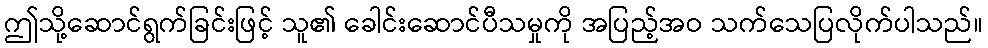
ဤသို့ဆောင်ရွက်ခြင်းဖြင့် သူ၏ ခေါင်းဆောင်ပီသမှုကို အပြည့်အဝ သက်သေပြလိုက်ပါသည်။